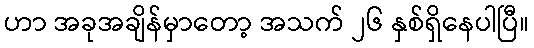
ဟာ အခုအချိန်မှာတော့ အသက် ၂၆ နှစ်ရှိနေပါပြီ။